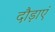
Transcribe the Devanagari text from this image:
दौड़ाएं